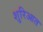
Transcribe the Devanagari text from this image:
शुरिआत